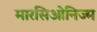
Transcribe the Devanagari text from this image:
मारसिओनिज्म